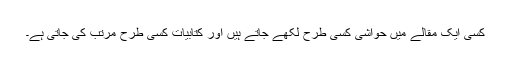
کسی ایک مقالے میں حواشی کسی طرح لکھے جاتے ہیں اور کتابیات کسی طرح مرتب کی جاتی ہے۔